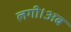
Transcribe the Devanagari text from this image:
लगी।अब